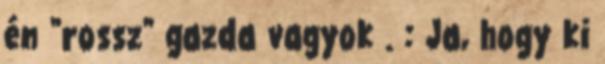
én "rossz" gazda vagyok . : Ja, hogy ki